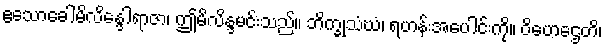
ဧသောခေါမိလိန္ဒေါရာဇာ၊ ဤမိလိန္ဒမင်းသည်။ ဘိက္ခုသံဃံ၊ ရဟန်းအပေါင်းကို။ ဝိဟေဌေတိ၊